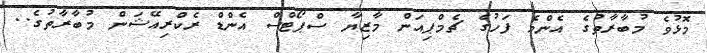
މޮޅުވެ މުބާރާތުގެ އެންމެ ފަހުގެ ޗެމްޕިއަން މާޒިޔާ ސްޕޯޓްސް އެންޑް ރެކްރިއޭޝަން މުބާރާތުގެ..